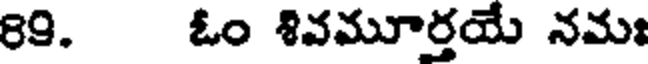
89. ఓం శివమూర్తయే నమః